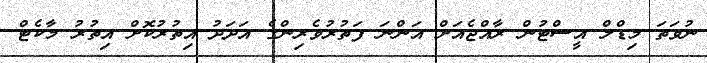
ނުވަތަ މިޑްލް އީސްޓުން ރާއްޖެއަށް އަންނަ ފަތުރުވެރިންގެ އަދަދު އިތުރުކޮށް އިތުރު މާކެޓް